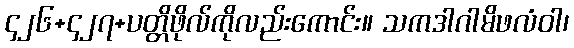
၄၂၆+၄၂၇+ပတ္တိဖိုလ်ကိုလည်းကောင်း။ သကဒါဂါမိဖလံဝါ၊